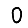
Digit: 0